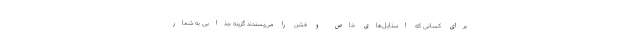
برای کسانی که استایل‌های خاص و فشن را می‌پسندند گزینه جذابی به شمار